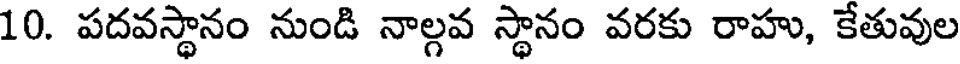
10. పదవస్థానం నుండి నాల్గవ స్థానం వరకు రాహు, కేతువుల